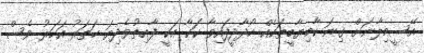
އޭސީމިލާނަށް ގިނަ ކާމިޔާބީތަކެއް ހޯދާދީފައިވާ ކަކާ އަކީ ފާއިތުވެދިޔަ ހަތަރު އަހަރު ވެސް